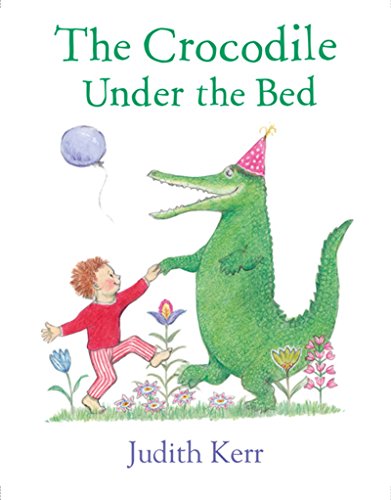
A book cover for The Crocodile Under the Bed; Judith Kerr; Children's Books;